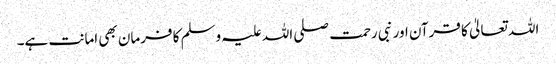
اللہ تعالیٰ کا قرآن اور نبی رحمت صلی اللہ علیہ وسلم کا فرمان بھی امانت ہے۔